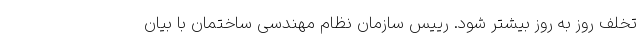
تخلف روز به روز بیشتر شود. رییس سازمان نظام مهندسی ساختمان با بیان